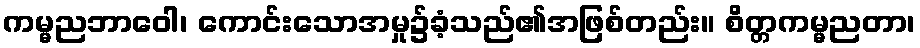
ကမ္မညဘာဝေါ၊ ကောင်းသောအမှု၌ခံ့သည်၏အဖြစ်တည်း။ စိတ္တကမ္မညတာ၊